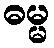
ဓမ္မ